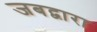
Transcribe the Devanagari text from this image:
जबद्वारा